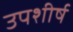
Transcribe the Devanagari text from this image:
उपशीर्ष